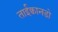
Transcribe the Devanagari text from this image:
ताईक्वानडो